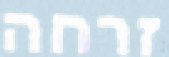
זרחה